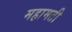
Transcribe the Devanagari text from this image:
महामती